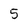
Character: 5